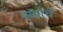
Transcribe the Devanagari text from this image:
संपाचं